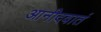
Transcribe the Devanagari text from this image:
आनीदवातं